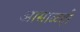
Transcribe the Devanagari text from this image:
आसाळहो